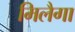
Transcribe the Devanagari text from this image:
मिलैगा